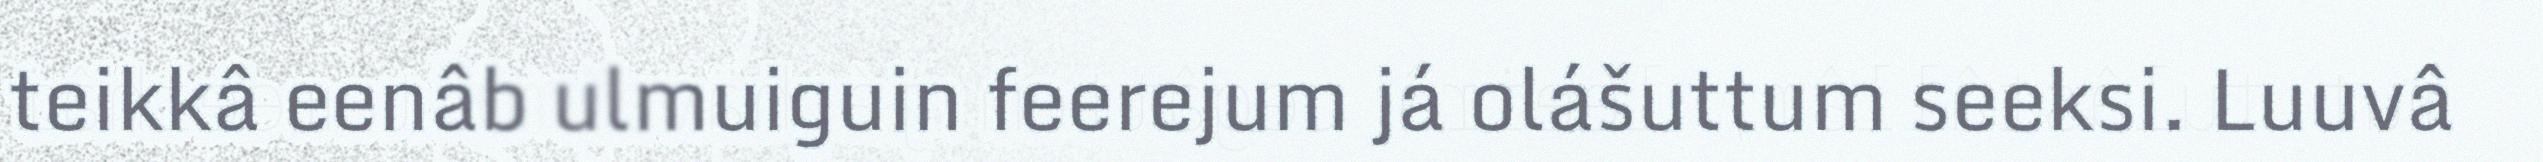
teikkâ eenâb ulmuiguin feerejum já olášuttum seeksi. Luuvâ